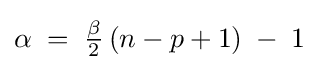
\alpha \;=\;{\tfrac {\beta }{2}}\,(n-p+1)\;-\;1